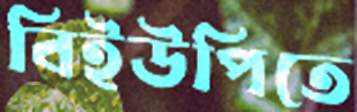
বিইউপিতে